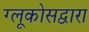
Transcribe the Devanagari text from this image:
ग्लूकोसद्वारा